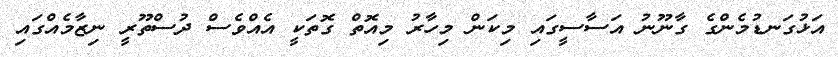
އަޅުގަނޑުމެންގެ ގާނޫނު އަސާސީގައި މިކަން މިހާރު މިއޮތް ގޮތަކީ އެއްވެސް ދުސްތޫރީ ނިޒާމެއްގައި